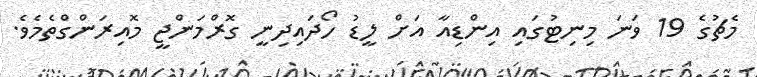
މެޗުގެ 19 ވަނަ މިނިޓުގައި އިންޑިއާ އަށް ލީޑު ހޯދައިދިނީ ގޮރްމަންޖީ މޮއިރަންގްތެމެވެ.